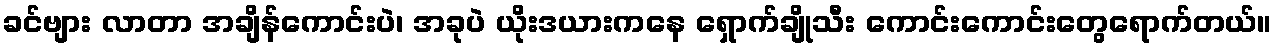
ခင်ဗျား လာတာ အချိန်ကောင်းပဲ၊ အခုပဲ ယိုးဒယားကနေ ရှောက်ချိုသီး ကောင်းကောင်းတွေရောက်တယ်။